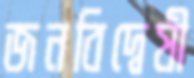
জনবিদ্বেষী